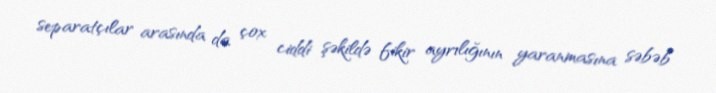
separatçılar arasında da çox ciddi şəkildə fikir ayrılığının yaranmasına səbəb